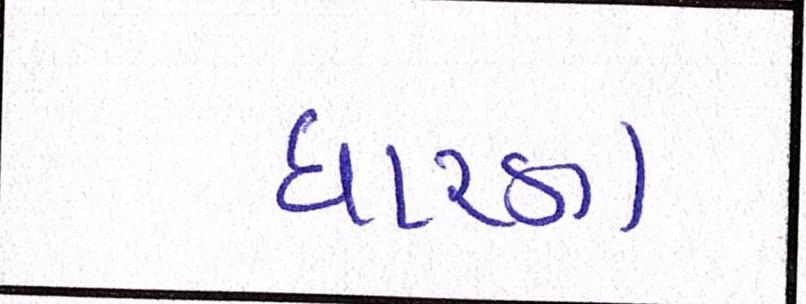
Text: ધારણ